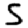
Digit: 5